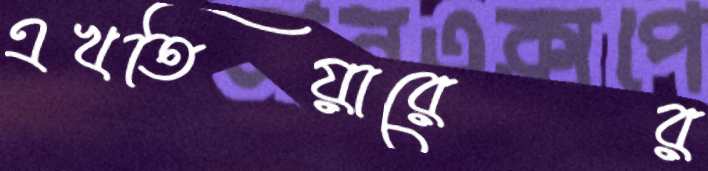
এখতিয়ারের